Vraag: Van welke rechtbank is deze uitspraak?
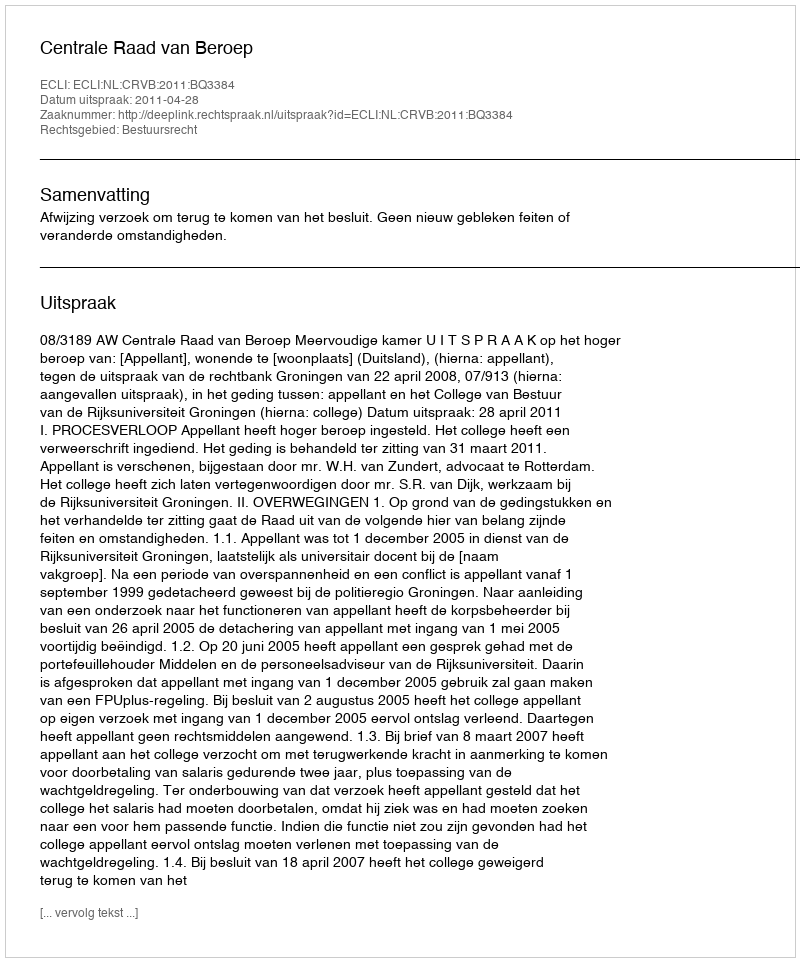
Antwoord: Centrale Raad van Beroep